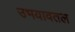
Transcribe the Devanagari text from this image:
उभयावतल